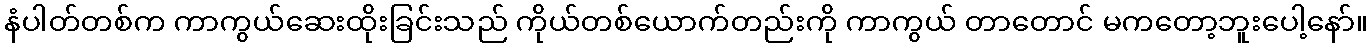
နံပါတ်တစ်က ကာကွယ်ဆေးထိုးခြင်းသည် ကိုယ်တစ်ယောက်တည်းကို ကာကွယ် တာတောင် မကတော့ဘူးပေါ့နော်။